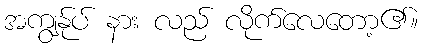
အကျွန်ုပ် နား လည် လိုက်လေတော့၏။